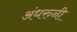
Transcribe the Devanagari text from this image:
अंधरुनी